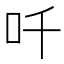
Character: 吀